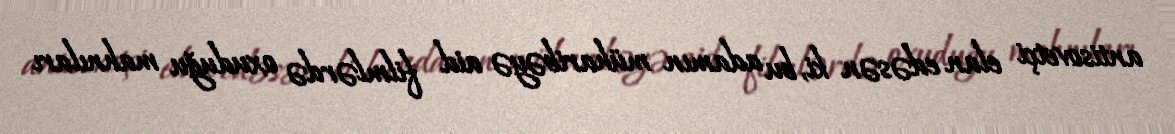
antisovetçi elan edəsən ki, bu adamın müharibəyə aid filmlərdə oxuduğu mahnıları